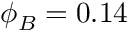
\phi _ { B } = 0 . 1 4